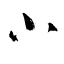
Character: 小